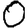
Digit: 0